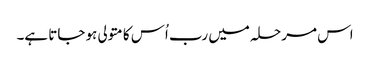
اس مرحلہ میں رب اُس کا متولی ہو جاتا ہے۔